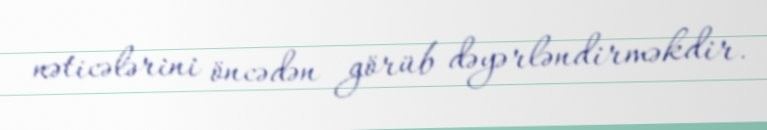
nəticələrini öncədən görüb dəyərləndirməkdir.